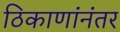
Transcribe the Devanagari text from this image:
ठिकाणांनंतर